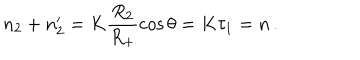
n _ { 2 } + n _ { 2 } ^ { \prime } = K \frac { R _ { 2 } } { R _ { + } } \cos \theta = K \tau _ { 1 } = n \, .